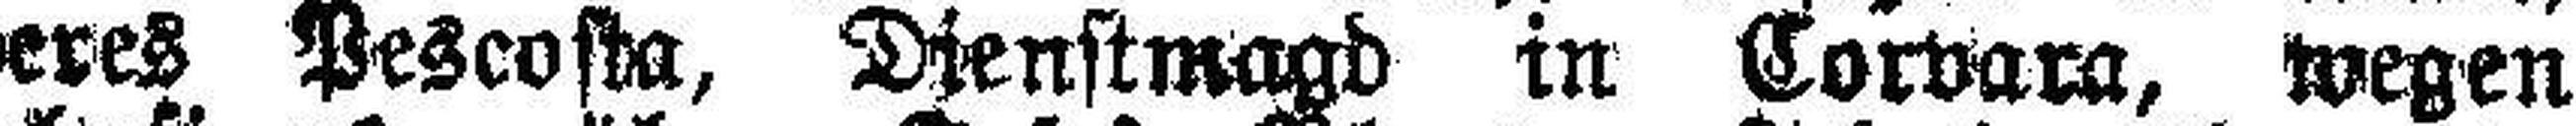
Theres Pescosta, Dienstmagd in Corvara, wegen